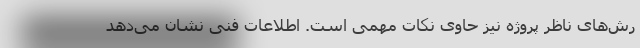
رش‌های ناظر پروژه نیز حاوی نکات مهمی است. اطلاعات فنی نشان می‌دهد